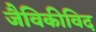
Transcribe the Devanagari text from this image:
जैविकीविद